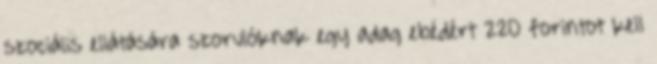
szociális ellátására szorulóknak egy adag ebédért 220 forintot kell